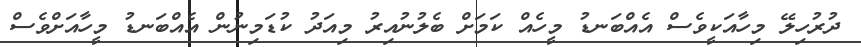
ދުރުހިލޭ މިހާއަކީވެސް އެއްބަނޑު މީހެއް ކަމަށް ބެލުނުއިރު މިއަދު ކުޑަމިނުން އެއްބަނޑު މީހާއަށްވެސް